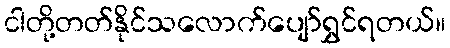
ငါတို့တတ်နိုင်သလောက်ပျော်ရွှင်ရတယ်။